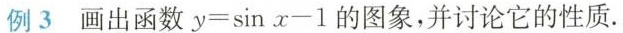
例3 画出函数$$y=\sinx-1$$的图象，并讨论它的性质。